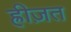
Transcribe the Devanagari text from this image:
ह्रीज़त